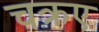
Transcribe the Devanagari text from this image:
चक्रए